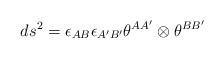
LaTeX: \begin{align*}ds^{2}=\epsilon_{AB}\epsilon_{A^{\prime}B^{\prime}}\theta^{AA^{\prime}}\otimes\theta^{BB^{\prime}}\end{align*}